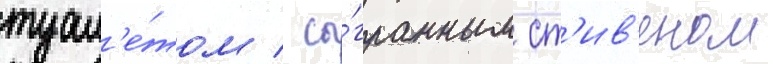
туал'е́том / сы́гранным ст'ив'еном